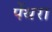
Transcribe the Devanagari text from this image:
पेंथरा